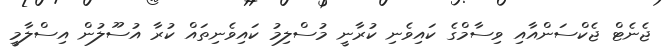
ޖެނެޓް ޖެކްސަންއާއި ވިސާމްގެ ކައިވެނި ކުރާނީ މުސްލިމު ކައިވެނިތައް ކުރާ އުސޫލުން އިސްލާމީ